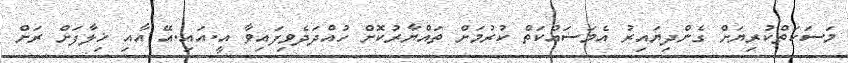
މަސަކަތްކުރިޔަށް ގެންދިޔައިރު އެމަސައްކަތް ކުރުމަށް ތައްޔާރުކޮށް ހުއްދަދެވިފައިވާ އީ.އައި.އޭ އާއި ޚިލާފަށް ރަށް